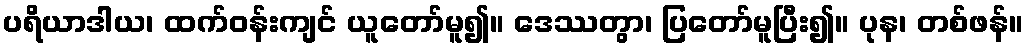
ပရိယာဒါယ၊ ထက်ဝန်းကျင် ယူတော်မူ၍။ ဒေဿတွာ၊ ပြတော်မူပြီး၍။ ပုန၊ တစ်ဖန်။